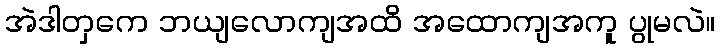
အဲဒါတှကေ ဘယျလောကျအထိ အထောကျအကူ ပွုမလဲ။